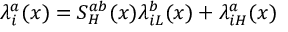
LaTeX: \lambda _ { i } ^ { a } ( x ) = S _ { H } ^ { a b } ( x ) \lambda _ { i L } ^ { b } ( x ) + \lambda _ { i H } ^ { a } ( x )